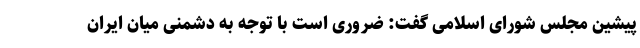
پیشین مجلس شورای اسلامی گفت: ضروری است با توجه به دشمنی میان ایران